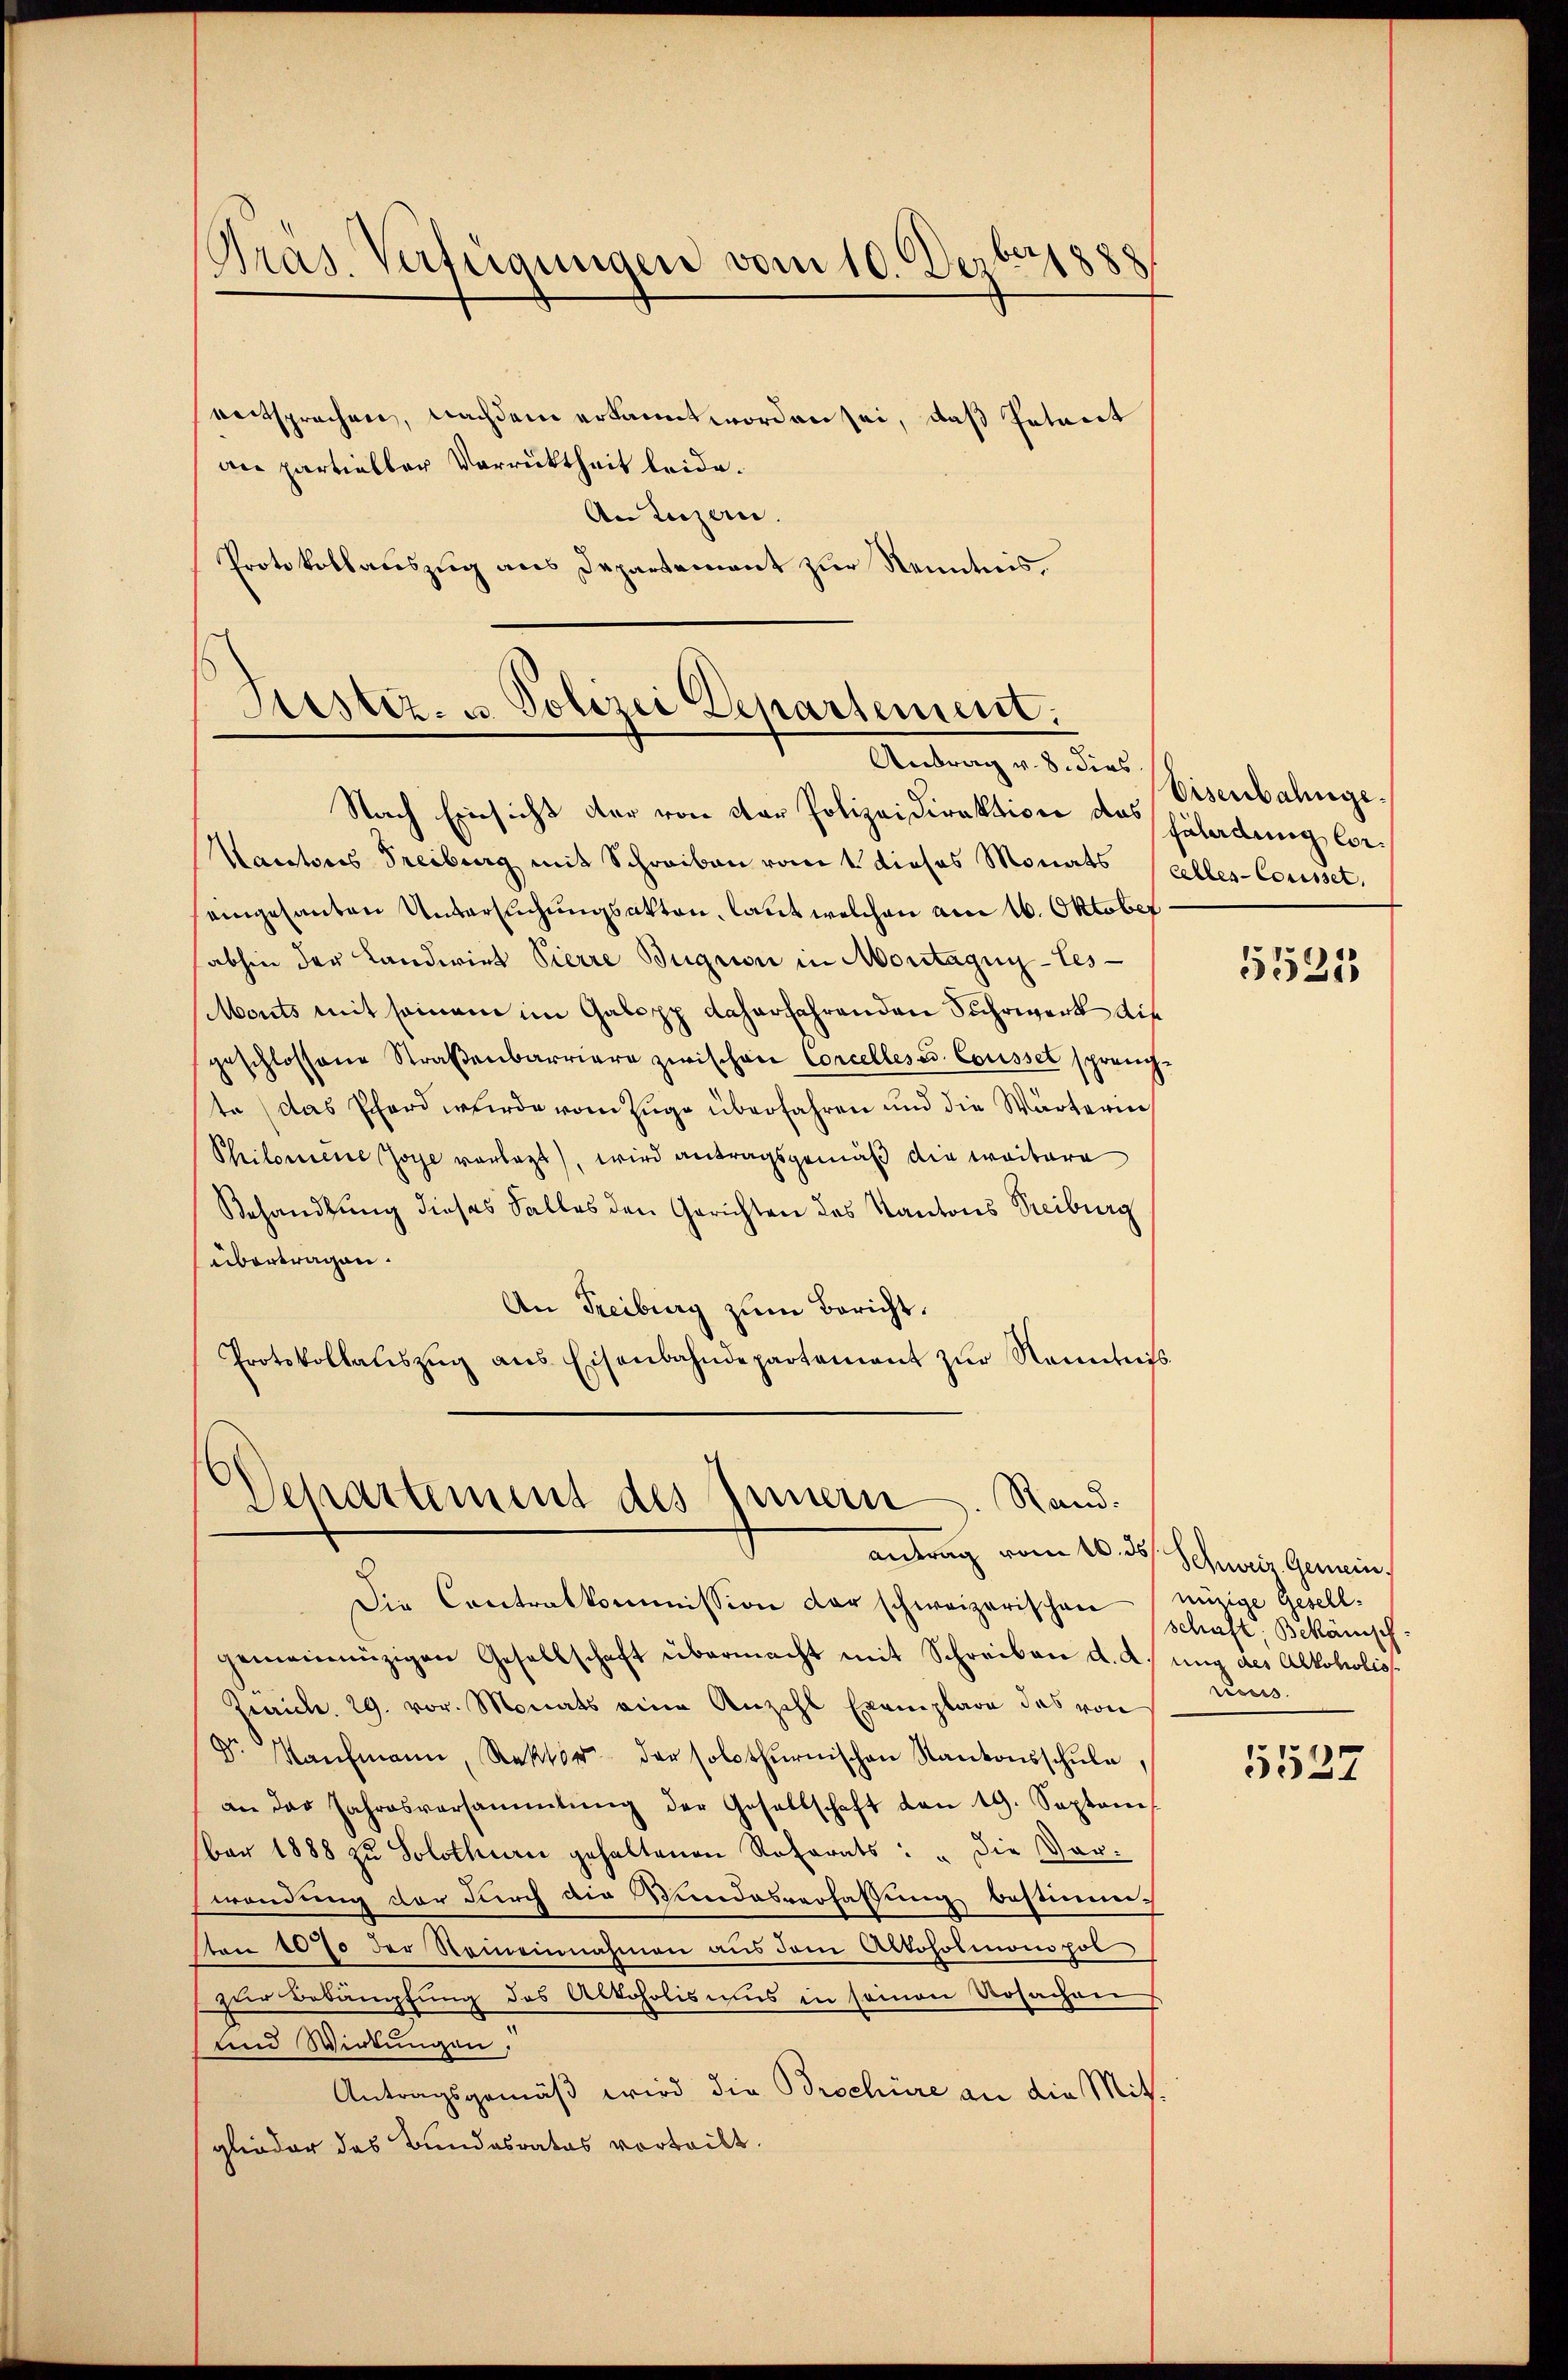
Pras. Verfügungen vom 10. Dezbr. 1888

eentsprechen, nachdem erkannt worden sei, daß Petret
an partieller Vorrücktheit leide.
An Luzern.
Protokollauszug aus Departement zur Kenntnis.

Festiz- u. Polizei Departement.
Antrag v. 8. dies
Nach Einsicht der von der Polizeidirektion der Häladung le¬

Separtement des Innern. Rand.
antrag vom 10. ds. Schweiz. Gemein¬

Kantons Freiburg mit Schreiben vom t dieses Monats (alles-Cousset.
eingesanten Untersuchungsakten, laut welchen am 16. Oktober
abhin der Landwirt Pierre Bügnon in Montagny-Tes-
Monts mit seinem im Galopp daherfahrenden Suhrwerk die
geschlossene Straβenbarriere zwischen Concellésés. Cousset spranch-
te (das Phard wurde vom Zuge überfahren und die Wärterin
Philoniere Zoge vorlegt, wird antragsgemäß die weitere
Behandlung dieses Falles den Gerichten des Kantons Treiburg
übertragen.
An Freiburg zum Bericht.
Protokollaŭszŭg ans Eisenbahndepartement zŭr Kenntnis

Die Contralkommission der schweizerischen eizige Gesell-
gemeinnüzigen Gesellschaft übermacht mit Schreiben d. d. ung des Alkoholis
Zürich. 29. vor. Monats eine Anzahl Exemplare das von
Dr. Kaŭfmann, Rektor der solothŭrnischen Kantonsschŭle,
an der Jahresversammlung der Gesellschaft den 19. Septem
ber 1888 zŭ Solothurn gehaltenen Referats: "die Vor-
wendung vor durch die Wundesverfassung bestimmt
ten 1070 der Someinnahmen aus dem Altoholmonopol
zur Bekämpfung des Alkoholismus in seinen Ursachen
und Wirkungen,
Antragsgemäß wird die Brochüre an die Mitglieder das Bundesrates vorteilt.

Eisenbahnge¬

5531

schaft; Bekänisch
rouss.

5527